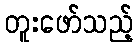
တူးဖော်သည့်